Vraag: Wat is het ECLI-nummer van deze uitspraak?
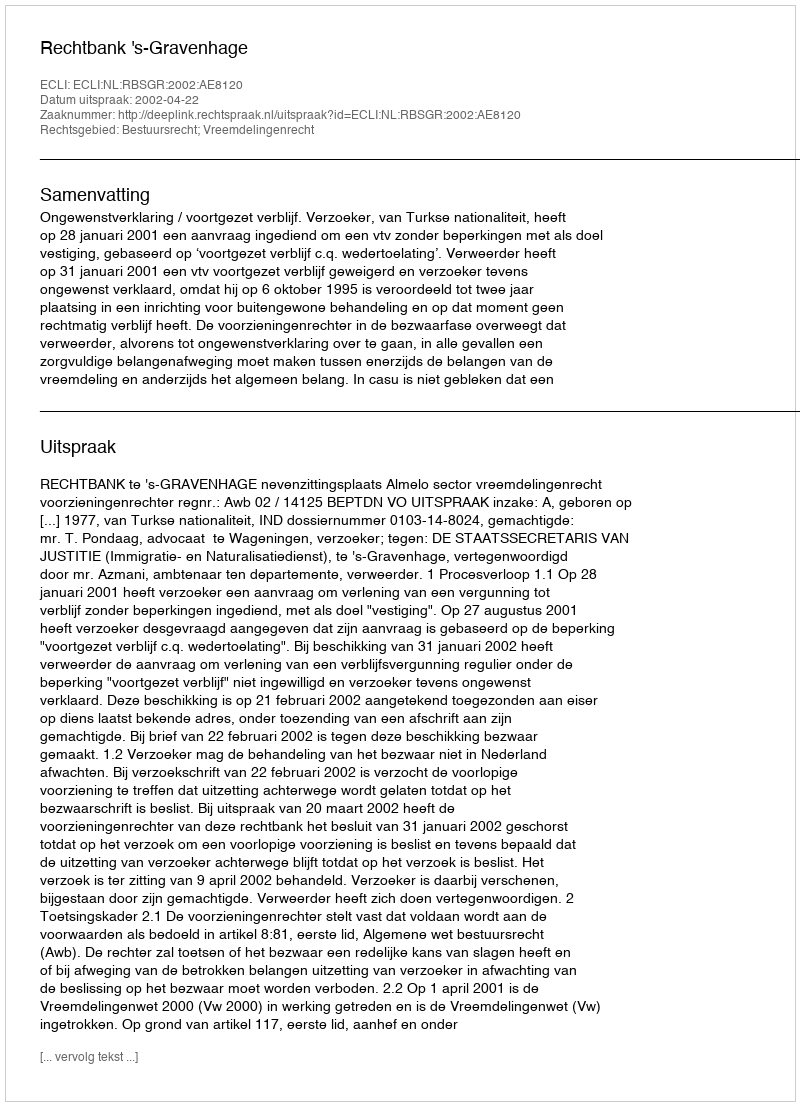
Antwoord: ECLI:NL:RBSGR:2002:AE8120